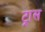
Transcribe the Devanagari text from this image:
ट्रास